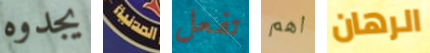
يجدوه المدنية تفعل اهم الرهان